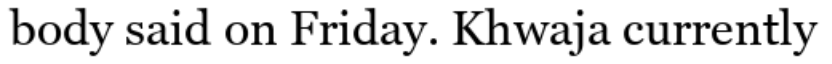
body said on Friday. Khwaja currently